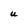
Character: U